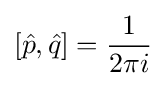
[{\hat {p}},{\hat {q}}]={\frac {1}{2\pi i}}